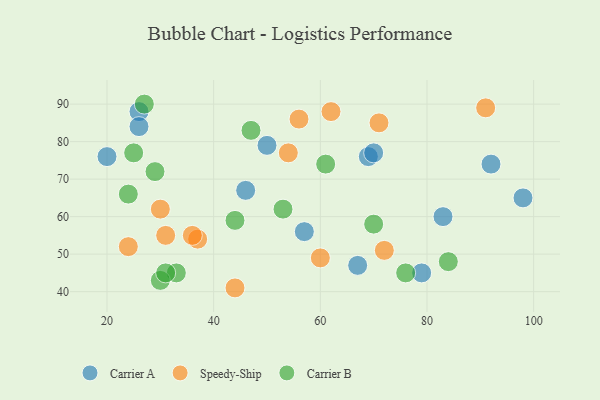
{"axis": {"x": "GDP", "y": "Life Expectancy"}, "legend": ["Carrier A", "Carrier B", "Speedy-Ship"], "data": [{"x": "20", "y": 76, "type": "Carrier A"}, {"x": "50", "y": 79, "type": "Carrier A"}, {"x": "46", "y": 67, "type": "Carrier A"}, {"x": "69", "y": 76, "type": "Carrier A"}, {"x": "26", "y": 88, "type": "Carrier A"}, {"x": "26", "y": 84, "type": "Carrier A"}, {"x": "83", "y": 60, "type": "Carrier A"}, {"x": "79", "y": 45, "type": "Carrier A"}, {"x": "67", "y": 47, "type": "Carrier A"}, {"x": "70", "y": 77, "type": "Carrier A"}, {"x": "98", "y": 65, "type": "Carrier A"}, {"x": "92", "y": 74, "type": "Carrier A"}, {"x": "57", "y": 56, "type": "Carrier A"}, {"x": "37", "y": 54, "type": "Speedy-Ship"}, {"x": "31", "y": 55, "type": "Speedy-Ship"}, {"x": "60", "y": 49, "type": "Speedy-Ship"}, {"x": "30", "y": 62, "type": "Speedy-Ship"}, {"x": "44", "y": 41, "type": "Speedy-Ship"}, {"x": "71", "y": 85, "type": "Speedy-Ship"}, {"x": "62", "y": 88, "type": "Speedy-Ship"}, {"x": "72", "y": 51, "type": "Speedy-Ship"}, {"x": "56", "y": 86, "type": "Speedy-Ship"}, {"x": "91", "y": 89, "type": "Speedy-Ship"}, {"x": "36", "y": 55, "type": "Speedy-Ship"}, {"x": "24", "y": 52, "type": "Speedy-Ship"}, {"x": "54", "y": 77, "type": "Speedy-Ship"}, {"x": "61", "y": 74, "type": "Carrier B"}, {"x": "25", "y": 77, "type": "Carrier B"}, {"x": "53", "y": 62, "type": "Carrier B"}, {"x": "33", "y": 45, "type": "Carrier B"}, {"x": "44", "y": 59, "type": "Carrier B"}, {"x": "29", "y": 72, "type": "Carrier B"}, {"x": "47", "y": 83, "type": "Carrier B"}, {"x": "24", "y": 66, "type": "Carrier B"}, {"x": "30", "y": 43, "type": "Carrier B"}, {"x": "27", "y": 90, "type": "Carrier B"}, {"x": "31", "y": 45, "type": "Carrier B"}, {"x": "76", "y": 45, "type": "Carrier B"}, {"x": "70", "y": 58, "type": "Carrier B"}, {"x": "84", "y": 48, "type": "Carrier B"}]}